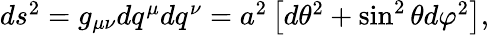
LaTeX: \begin{array}{r}{ds^{2}=g_{\mu\nu}dq^{\mu}dq^{\nu}=a^{2}\left[d\theta^{2}+\sin^{2}\theta d\varphi^{2}\right],}\end{array}